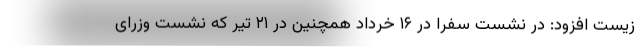
زیست افزود: در نشست سفرا در ۱۶ خرداد همچنین در ۲۱ تیر که نشست وزرای